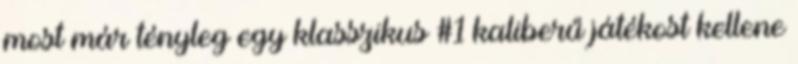
most már tényleg egy klasszikus #1 kaliberű játékost kellene